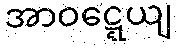
အာဝဋ္ဋေယျ